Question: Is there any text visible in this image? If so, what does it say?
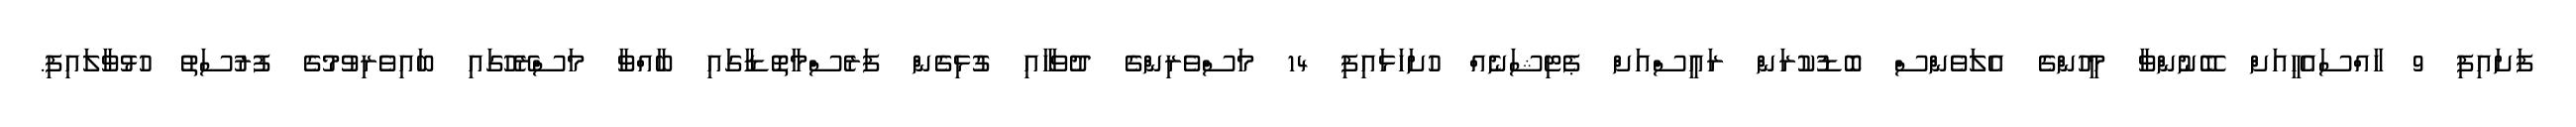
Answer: ފަށައިފި 9 ހާއްސައެހީއަށް ބޭނުންވާ މީހުންގެ އެލަވެންސް ބޮޑުކުރަން ރައީސްއަށް ޕެޓިޝަނެއް ހުށަހަޅައިފި 14 މަސްވެރިންގެ ދުވަހާއި ގުޅިގެން ފަރެސްމާތޮޑާގައި ބާއްވާ މަސްރޭހުގައި ބައިވެރިވުމުގެ ފުރުސަތު ހުޅުވާލައިފި.